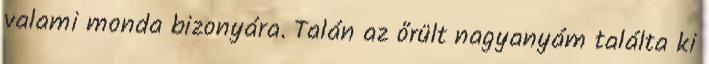
valami monda bizonyára. Talán az őrült nagyanyám találta ki